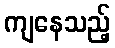
ကျနေသည့်